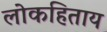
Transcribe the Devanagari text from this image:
लोकहिताय